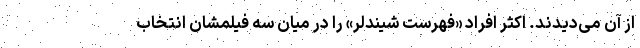
از آن می‌دیدند. اکثر افراد «فهرست شیندلر» را در میان سه فیلمشان انتخاب